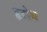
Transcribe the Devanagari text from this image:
हृद्रोध